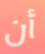
أن